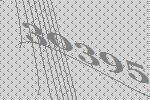
30395